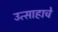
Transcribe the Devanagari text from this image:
उत्साहाचे